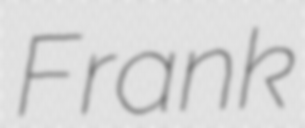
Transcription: Frank